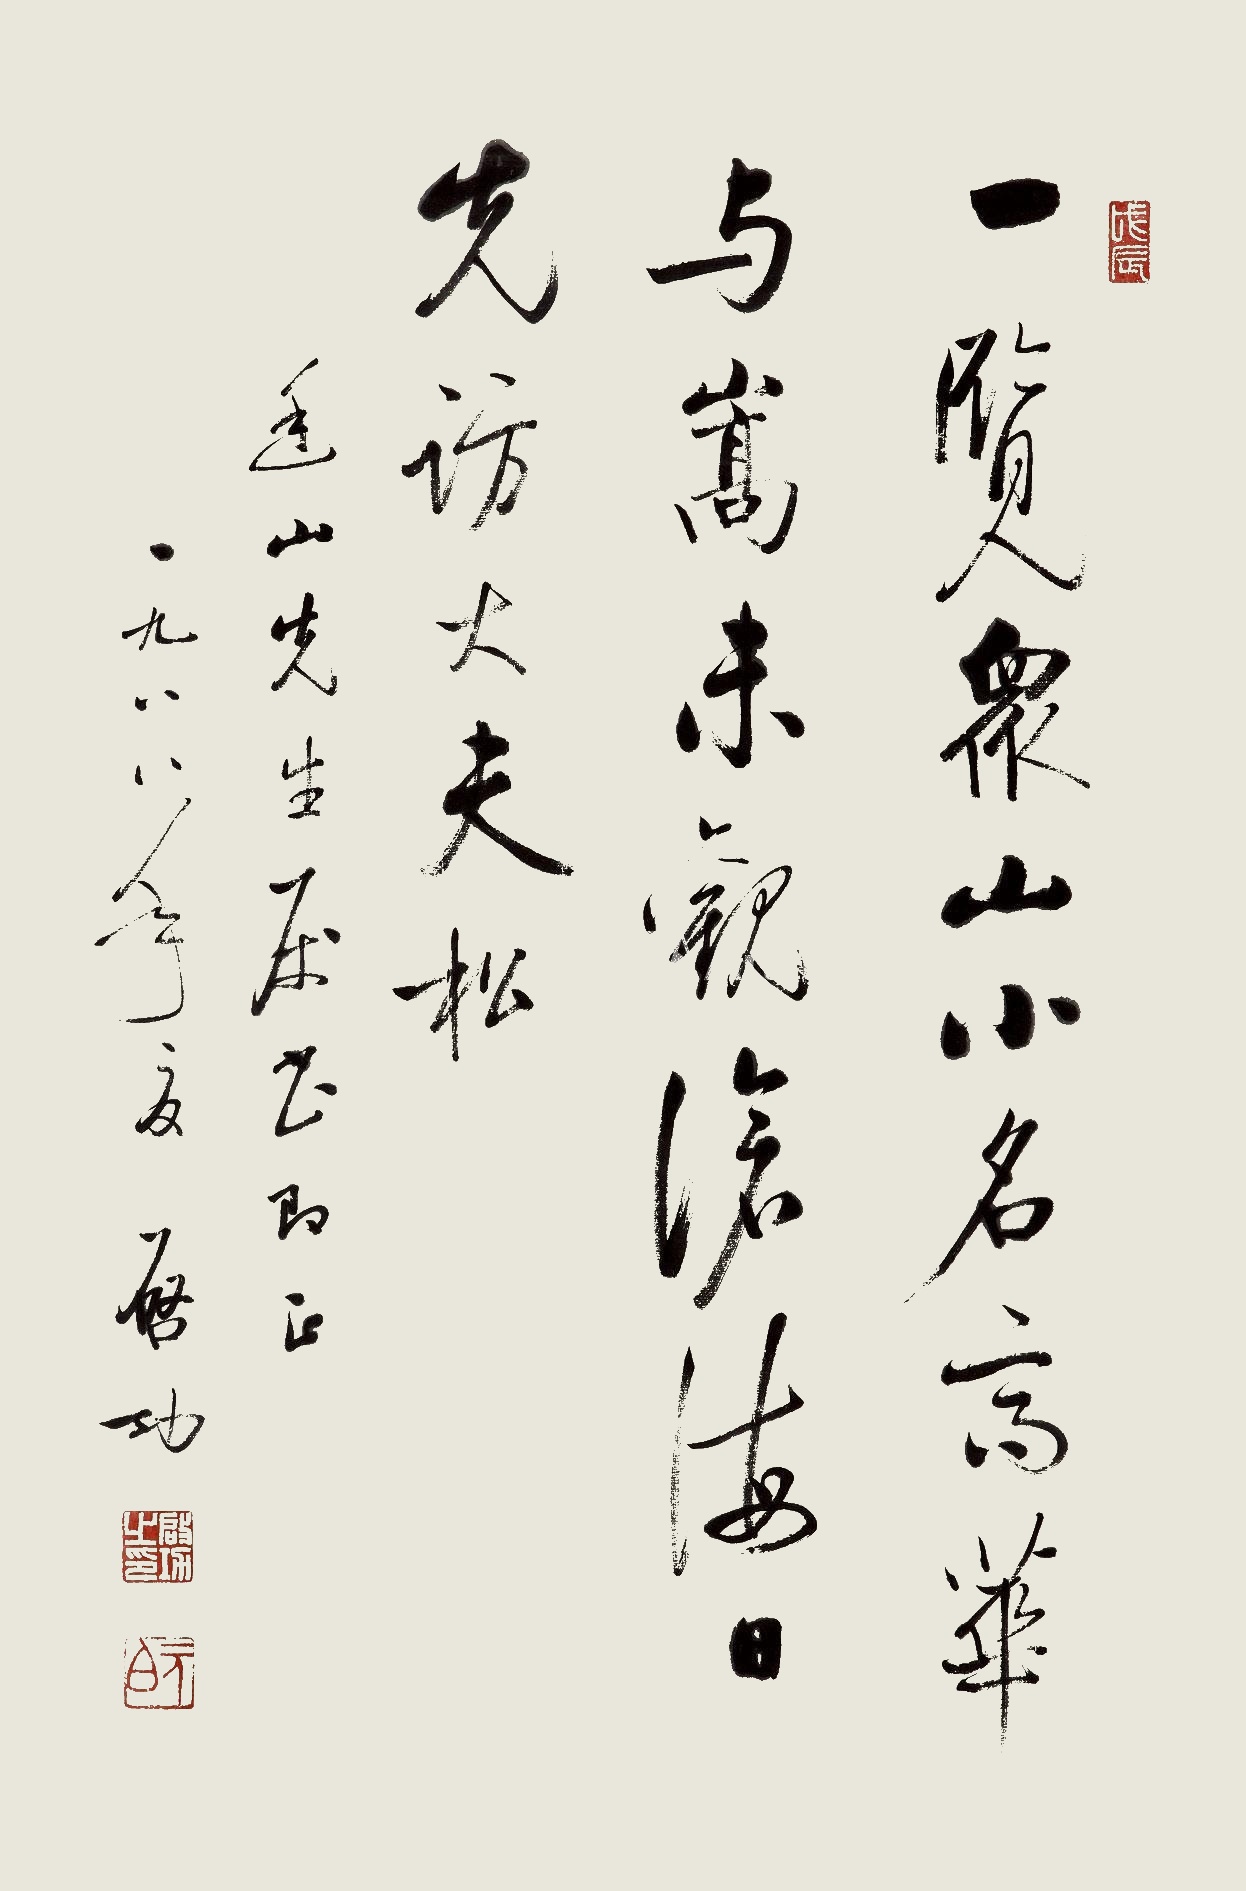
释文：一览众山小，名齐华与嵩。未观沧海日，先访大夫松。廷山先生属书即正，一九八八年夏，启功。